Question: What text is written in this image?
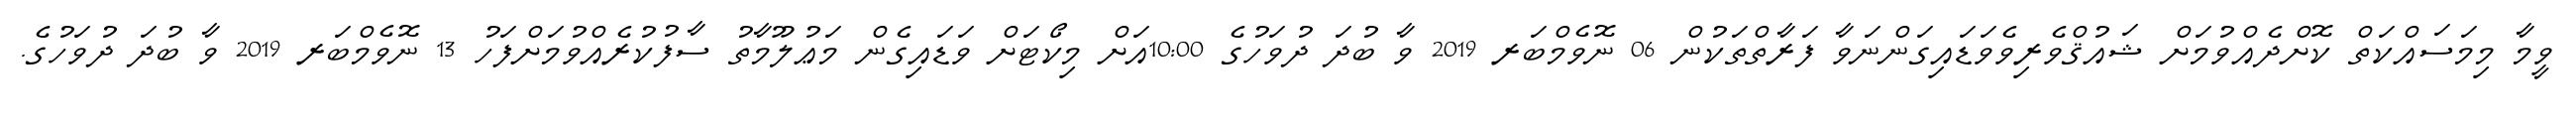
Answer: ވީމާ މިމަސައްކަތް ކޮށްދެއްވުމަށް ޝައުޤްވެރިވެވަޑައިގަންނަވާ ފަރާތްތަކުން 06 ނޮވެމްބަރ 2019 ވާ ބުދަ ދުވަހުގެ 10:00އަށް މިކޯޓަށް ވަޑައިގެން މަޢުލޫމާތު ސާފުކުރެއްވުމަށްފަހު 13 ނޮވެމްބަރ 2019 ވާ ބުދަ ދުވަހުގެ.